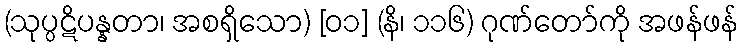
(သုပ္ပဋိပန္နတာ၊ အစရှိသော) [၀၁] (နိ၊ ၁၁၆) ဂုဏ်တော်ကို အဖန်ဖန်